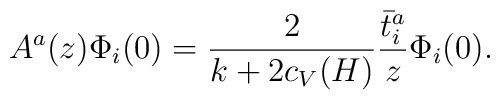
A^a(z)\Phi_i(0)={2\over k+2c_V(H)}{\bar t^a_i\over z}\Phi_i(0)   .